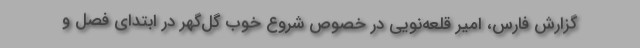
گزارش فارس، امیر قلعه‌نویی در خصوص شروع خوب گل‌گهر در ابتدای فصل و